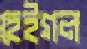
হেইগল